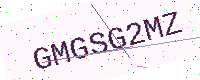
Text: GMGSG2MZ